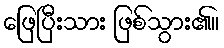
ဖြေပြီးသား ဖြစ်သွား၏။